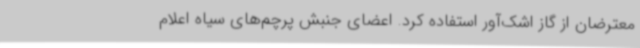
معترضان از گاز اشک‌آور استفاده کرد. اعضای جنبش پرچم‌های سیاه اعلام